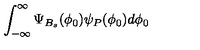
\int _ { - \infty } ^ { \infty } \Psi _ { B _ { s } } ( \phi _ { 0 } ) \psi _ { P } ( \phi _ { 0 } ) d \phi _ { 0 }